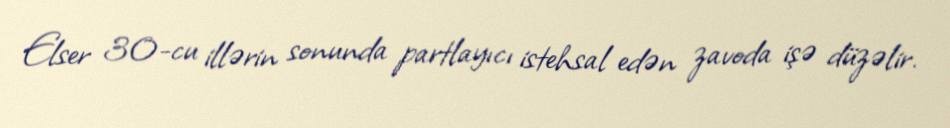
Elser 30-cu illərin sonunda partlayıcı istehsal edən zavoda işə düzəlir.